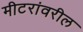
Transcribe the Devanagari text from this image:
मीटरांवरील